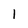
Character: 1